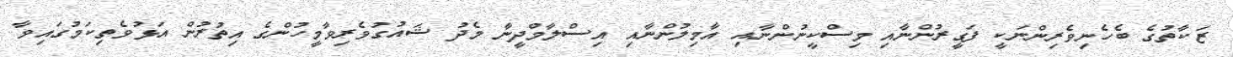
ޒަކާތުގެ ބެހެނިވެރިންނަކީ ފަގީރުންނާއި މިސްކީނުންނާއި އާމިލުންނާއި އިސްލާމްދީނާ މެދު ޝައުގުވެރިވާމީހުންގެ އިތުރުން އަޅުވެތިކަމުގައިވާ